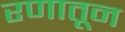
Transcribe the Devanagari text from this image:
रणातून